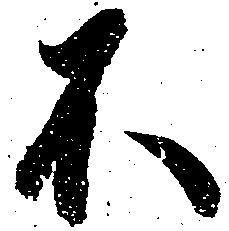
不